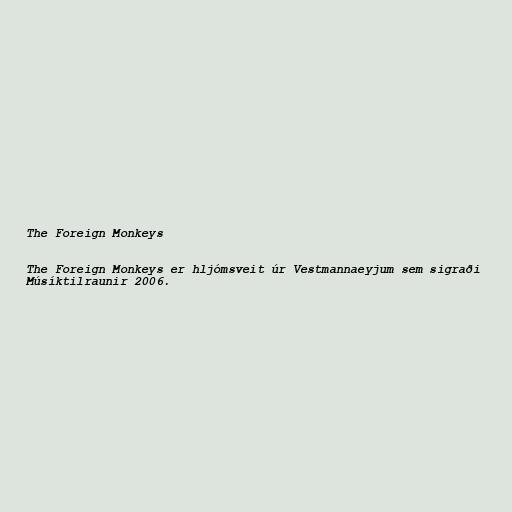
The Foreign Monkeys

The Foreign Monkeys er hljómsveit úr Vestmannaeyjum sem sigraði
Músíktilraunir 2006.